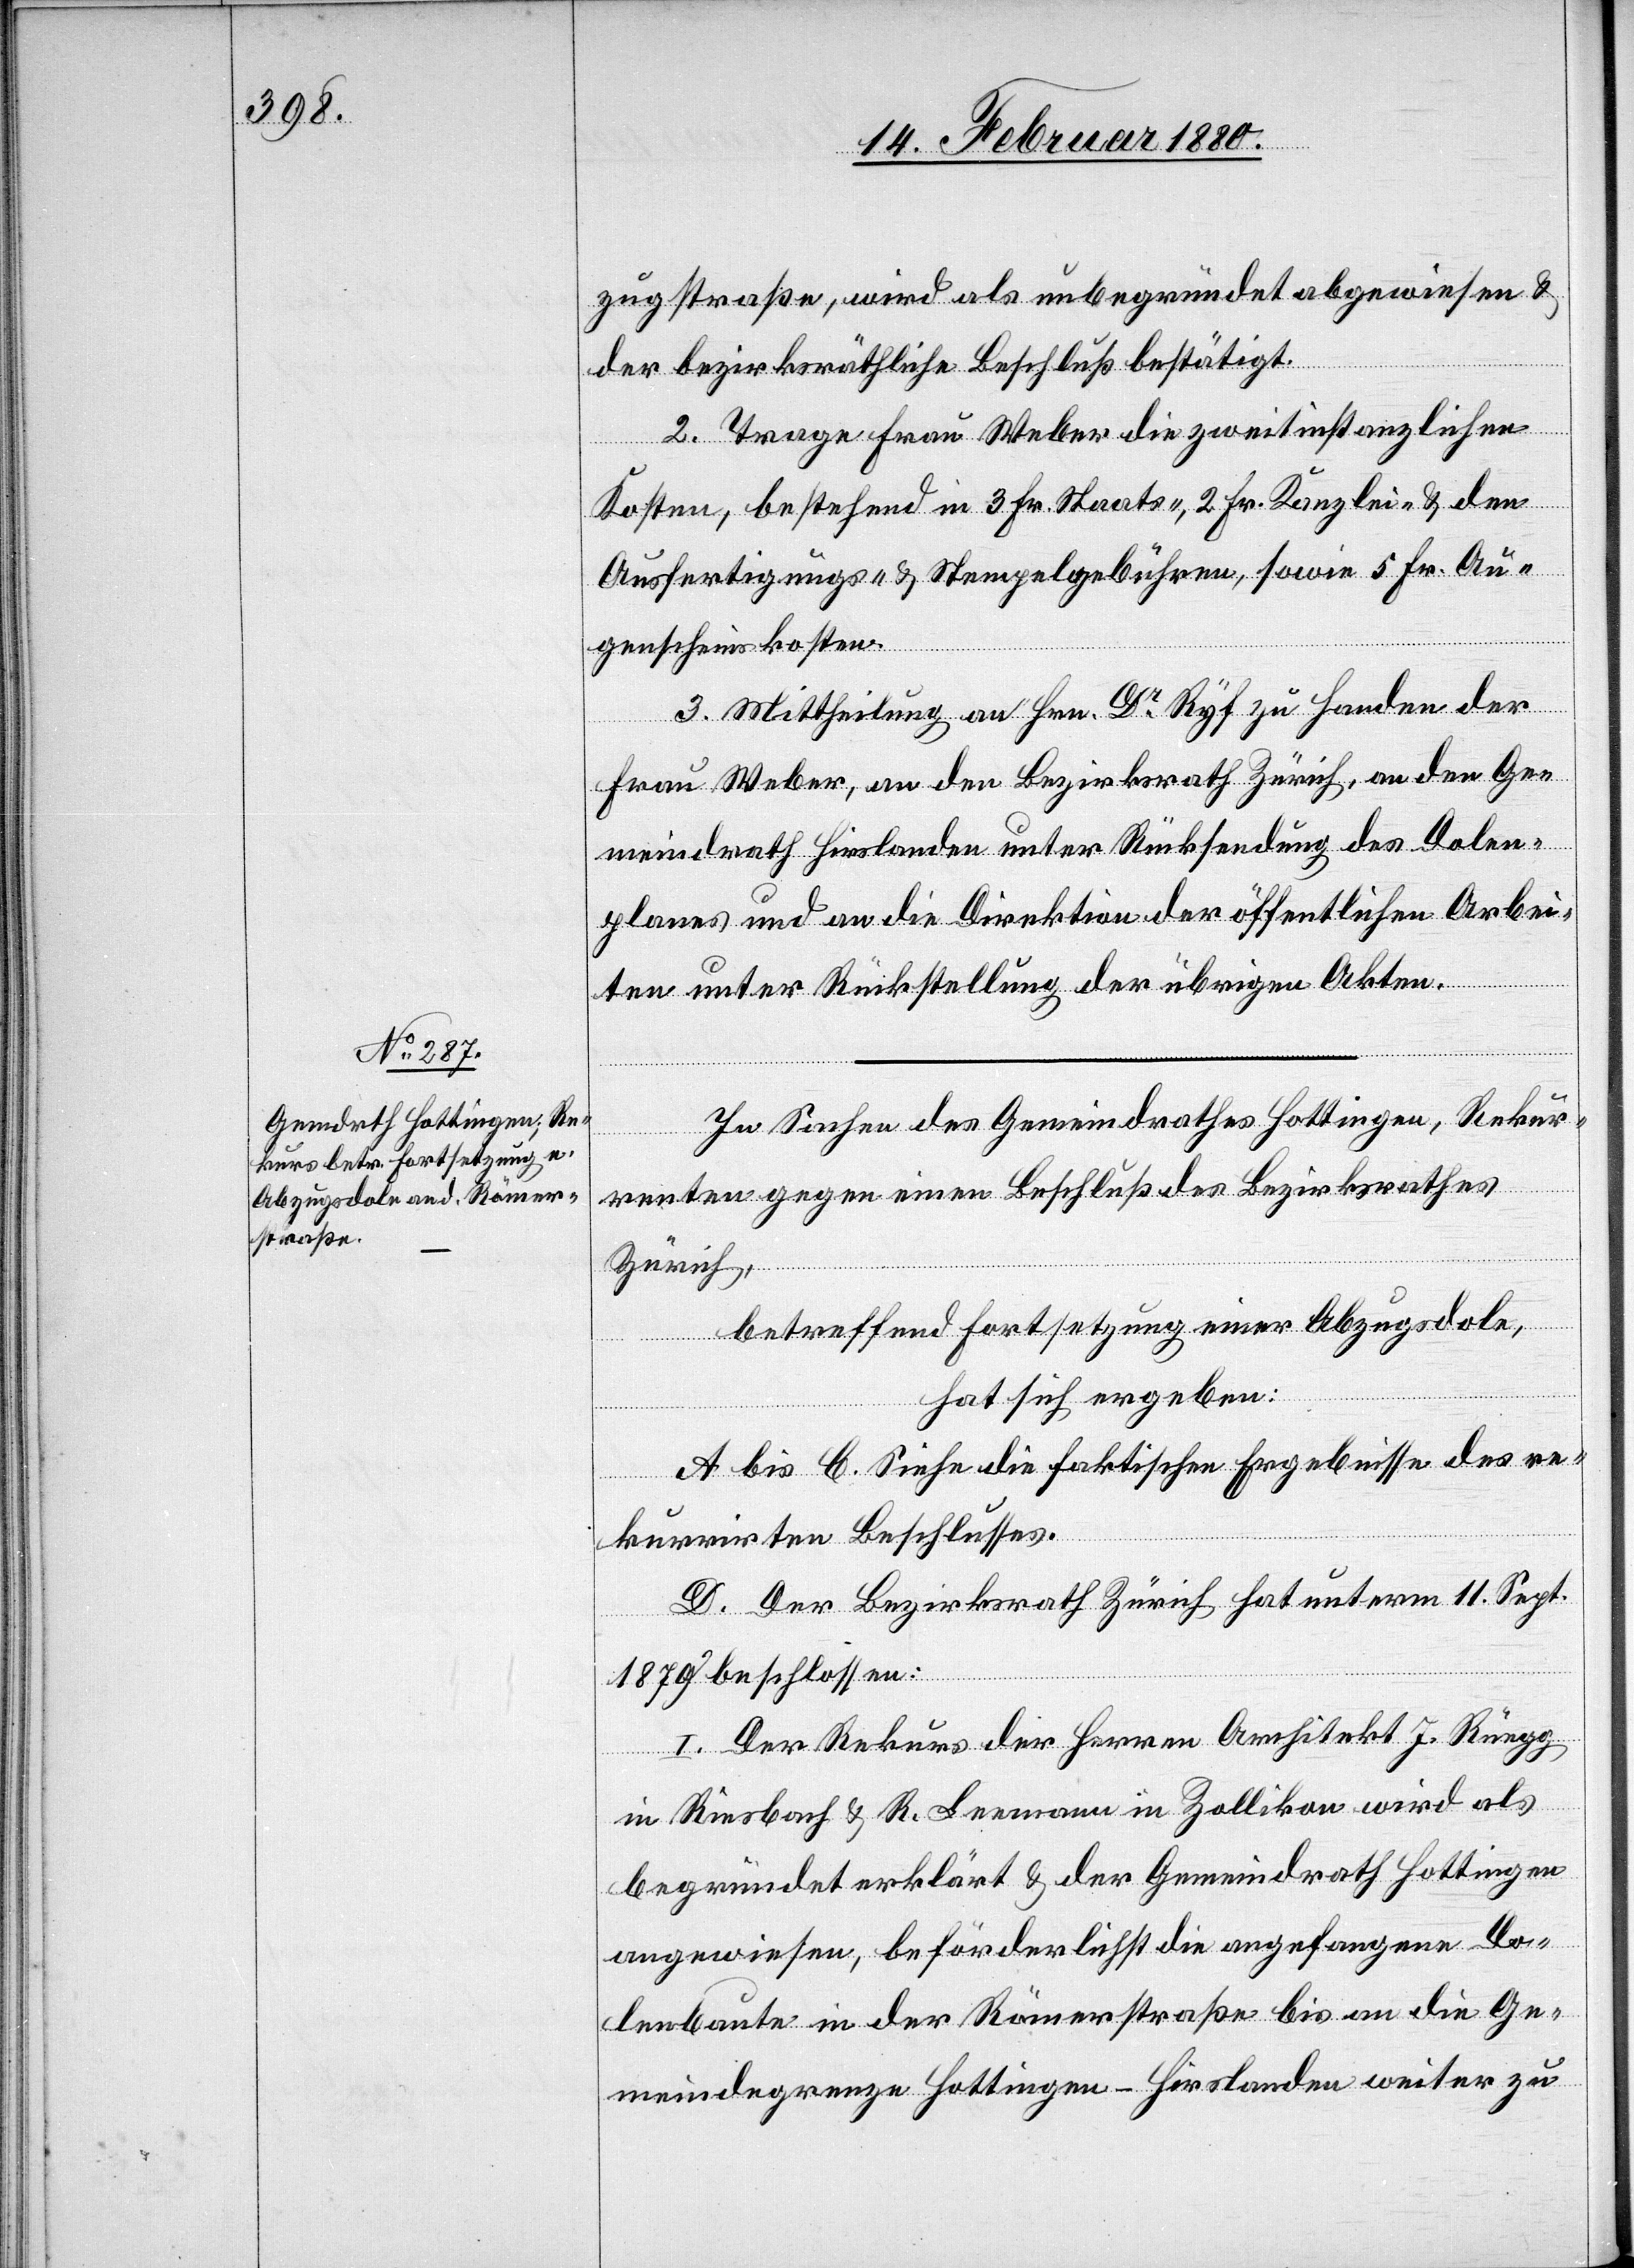
zugstraße, wird als unbegründet abgewiesen &
der bezirksräthliche Beschluß bestätigt.
2. Trage Frau Weber die zweitinstanzlichen
Kosten, bestehend in 3 Fr. Staats-, 2 Fr. Kanzlei- & den
Ausfertigungs- & Stempelgebühren, sowie 5 Fr. Au¬
genscheinskosten.
3. Mittheilung an Hrn. Dr Ryf zu Handen der
Frau Weber, an den Bezirksrath Zürich, an den Ge¬
meindrath Hirslanden unter Rücksendung des Dolen¬
planes und an die Direktion der öffentlichen Arbei¬
ten unter Rückstellung der übrigen Akten.
In Sachen des Gemeindrathes Hottingen, Rekur¬
renten gegen einen Beschluß des Bezirksrathes
Zürich,
betreffend Fortsetzung einer Abzugsdole,
hat sich ergeben:
A bis C. Siehe die faktischen Ergebnisse des re¬
kurrirten Beschlusses.
D. Der Bezirksrath Zürich hat unterm 11. Sept.
1879 beschlossen:
I. Der Rekurs der Herren Architekt J. Rüegg
in Riesbach & R. Leemann in Zollikon wird als
begründet erklärt & der Gemeindrath Hottingen
angewiesen, beförderlichst die angefangene Do¬
lenbaute in der Römerstraße bis an die Ge¬
meindegrenze Hottingen - Hirslanden weiter zu